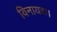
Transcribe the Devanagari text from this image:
विनायक।